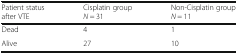
| Patient status after VTE | Cisplatin group N = 31 | Non-Cisplatin group N = 11 |
 | --- | --- | --- |
 | Dead | 4 | 1 |
 | Alive | 27 | 10 |